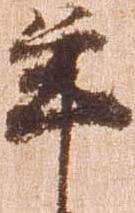
年